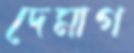
দেমাগ